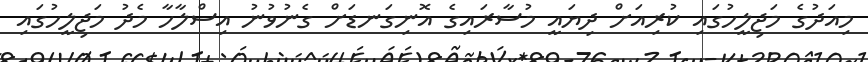
މިއަދުގެ މަޖިލީހުގައި ކުރިއަށް ދިޔައީ މުސާރައިގެ އޮނިގަނޑަށް ގެނުވުނު އިސްލާހާ މެދު މަޖިލީހުގައި